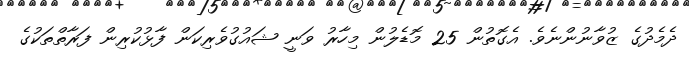
ދެމެދުގެ ޒުވާނުންނެވެ. އެގޮތުން 25 މޮޑެލުން މިހާރު ވަނީ ޝައުގުވެރިކަން ފާޅުކުރިން ފަރާތްތަކުގެ